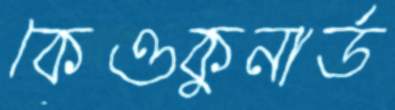
কেওকুনার্ড